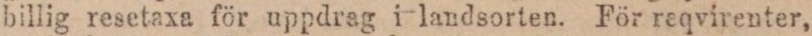
billig resetaxa för uppdrag i landsorten. För reqvirenter,